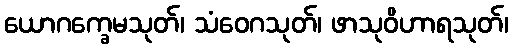
ယောဂက္ခေမသုတ်၊ သံဝေဂသုတ်၊ ဖာသုဝိဟာရသုတ်၊